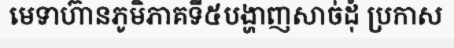
មេទាហ៊ានភូមិភាគទី៥បង្ហាញសាច់ដុំ ប្រកាស